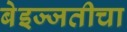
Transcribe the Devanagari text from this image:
बेइज्जतीचा